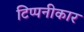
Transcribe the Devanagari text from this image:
टिप्पनीकार